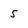
Character: 5